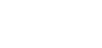
အိမ်ထဲသို့